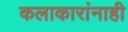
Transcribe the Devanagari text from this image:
कलाकारांनाही